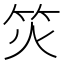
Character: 𬔲